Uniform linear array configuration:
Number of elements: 64
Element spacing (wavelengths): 0.5
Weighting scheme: cosine
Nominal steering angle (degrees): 30
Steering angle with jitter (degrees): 29.757
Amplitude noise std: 0.05
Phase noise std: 0.05

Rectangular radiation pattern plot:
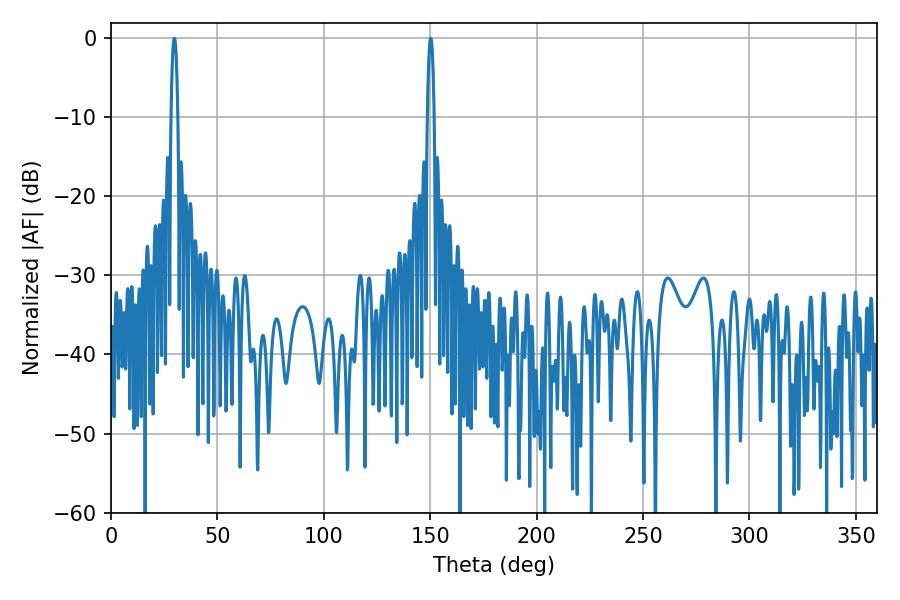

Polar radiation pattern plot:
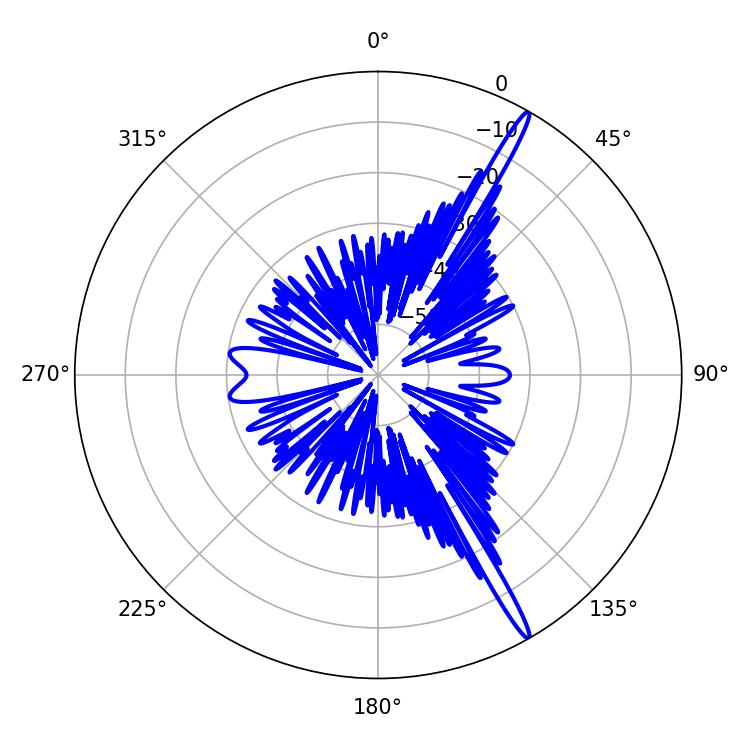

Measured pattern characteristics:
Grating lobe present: FALSE
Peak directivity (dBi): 17.466
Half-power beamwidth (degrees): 1.62
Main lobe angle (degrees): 29.7